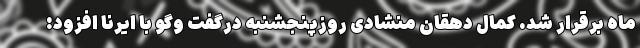
ماه برقرار شد. کمال دهقان منشادی روزپنجشنبه درگفت وگو با ایرنا افزود: